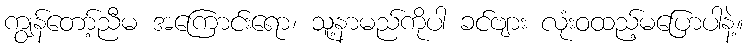
ကျွန်တော့်ညီမ အကြောင်းရော၊ သူ့နာမည်ကိုပါ ခင်ဗျား လုံးဝထည့်မပြောပါနဲ့။